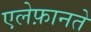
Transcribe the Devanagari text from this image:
एलेफ़ानते